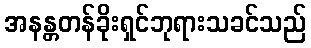
အနန္တတန်ခိုးရှင်ဘုရားသခင်သည်